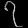
Digit: ၇